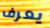
يعرف